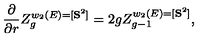
{ \frac { \partial } { \partial r } } Z _ { g } ^ { w _ { 2 } ( E ) = [ { \bf S } ^ { 2 } ] } = 2 g Z _ { g - 1 } ^ { w _ { 2 } ( E ) = [ { \bf S } ^ { 2 } ] } ,